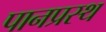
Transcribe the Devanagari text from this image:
पानप्रस्थ